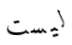
ليست